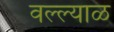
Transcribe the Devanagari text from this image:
वल्ल्याळ